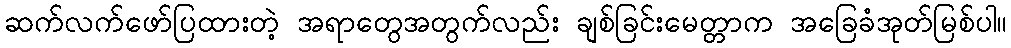
ဆက်လက်ဖော်ပြထားတဲ့ အရာတွေအတွက်လည်း ချစ်ခြင်းမေတ္တာက အခြေခံအုတ်မြစ်ပါ။